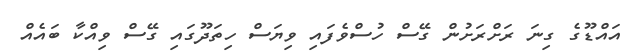
އައްޑޫގެ ގިނަ ރަށްރަށުން ގޭސް ހުސްވެފައި ވިޔަސް ހިތަދޫގައި ގޭސް ވިއްކާ ބައެއް